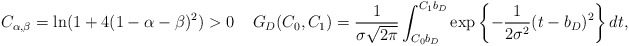
\begin{align*}C_{\alpha,\beta}=\ln (1+4(1-\alpha-\beta)^2)>0 \;\; \;\;G_D(C_0,C_1)=\frac{1}{\sigma \sqrt{2\pi}} \int_{C_0b_{D}}^{C_1b_{D}}\exp\left\{-\frac{1}{2\sigma^2}(t-b_{D})^2\right\}dt,\end{align*}